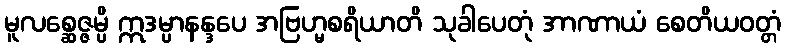
မူလစ္ဆေဇ္ဇမ္ပိ ဣဒမ္ပာနန္ဒပေ အဗြဟ္မစရိယာတိ သုခါပေတုံ အာဏာယံ စေတိယဝတ္တံ